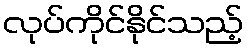
လုပ်ကိုင်နိုင်သည့်